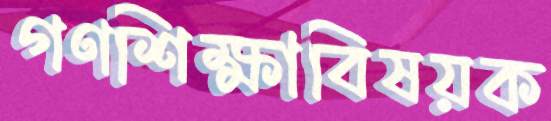
গণশিক্ষাবিষয়ক